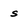
Character: s